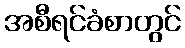
အစီရင်ခံစာတွင်